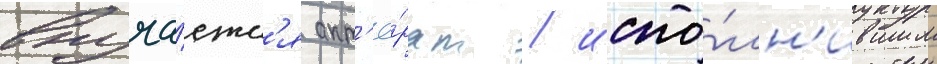
вруча́етс'я акт'ё́рам / испо́лн'ившим